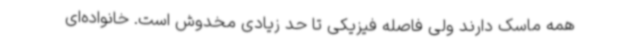
همه ماسک دارند ولی فاصله فیزیکی تا حد زیادی مخدوش است. خانواده‌ای